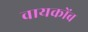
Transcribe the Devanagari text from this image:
वायकोंब